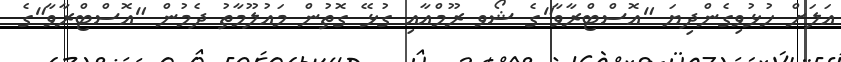
އަލަށް ހުޅުވިގެންދިޔަ "އޮސްޓްރާވާ"ގެ ޝޯވ ރޫމްއާއި ގުޅޭ ގޮތުން މައުލޫމާތު ދެމުން "އޮސްޓްރާވާ"ގެ